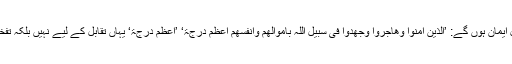
فائز المرام صرف اہل ایمان ہوں گے: ’اَلَّذِیْنَ اٰمَنُوْا وَھَاجَرُوْا وَجٰھَدُوْا فِیْ سَبِیْلِ اللّٰہِ بِاَمْوَالِھِمْ وَاَنْفُسِھِمْ اَعْظَمُ دَرَجَۃً‘ ’اَعْظَمُ دَرَجَۃً‘ یہاں تقابل کے لیے نہیں بلکہ تفخیم شان کے لیے ہے۔